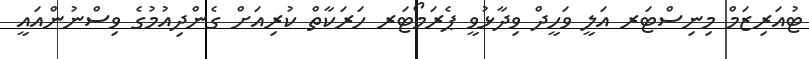
ޓުއަރިޒަމް މިނިސްޓަރ އަލީ ވަހީދް ވިދާޅުވީ ޕެރަމޯޓަރ ހަރަކާތް ކުރިއަށް ގެންދިއުމުގެ ވިސްނުންއައީ